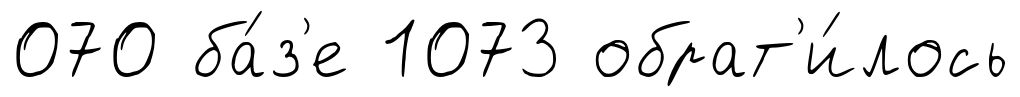
070 ба́з'е 1073 обрат'и́лось